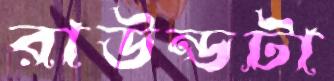
রাউন্ডটা